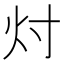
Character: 𬉴